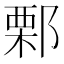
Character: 𨜼